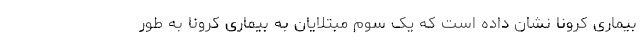
بیماری کرونا نشان داده است که یک سوم مبتلایان به بیماری کرونا به طور